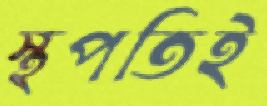
স্থপতিই